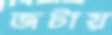
জটায়